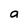
Character: a